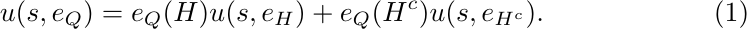
\begin{align}
u(s,e_Q) = e_Q(H) u(s,e_{H}) + e_Q(H^c) u(s,e_{H^c}). \label{eq:5}
\end{align}